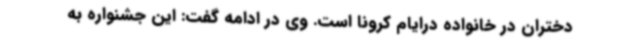
دختران در خانواده درایام کرونا است. وی در ادامه گفت: این جشنواره به